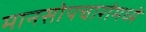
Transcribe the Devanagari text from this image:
मानसोपचारांमध्ये